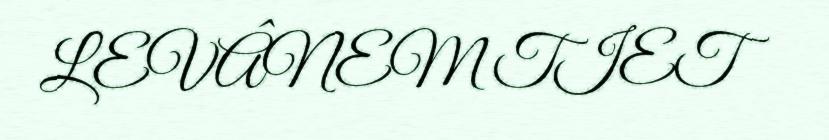
LEVÂNEM TIET